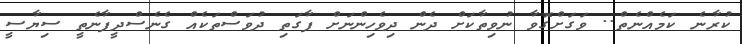
ކުރާނެ ކަމެއްނެތް.. ވަގަށްގޮވާ ނުވިތާކަށް ދެން ދިވެހިންނަށް ފާގަތި ދުވަސްތަކެއް ގެނެސްދީފާނެތީ ސިޔާސީ